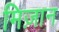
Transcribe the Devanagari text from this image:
मिज़ान